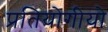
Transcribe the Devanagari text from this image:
प्रतियोगीयो